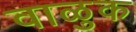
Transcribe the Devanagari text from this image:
वाळुक